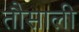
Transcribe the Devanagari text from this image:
तौसाली